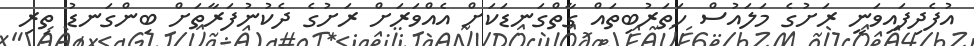
އުފެދިފައިވަނީ ރަށުގެ މަލައުސް ހަތަރުބިތައް ގާތްގަނޑަކަށް އެއްވަރަށް ރަށުގެ ދެކުނުފަރާތަށް ބިންގަނޑު ތިރި